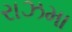
રાઝમા